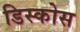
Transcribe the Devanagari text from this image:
डिस्कोस